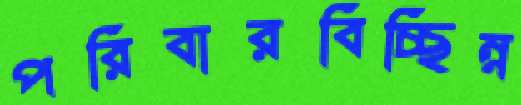
পরিবারবিচ্ছিন্ন